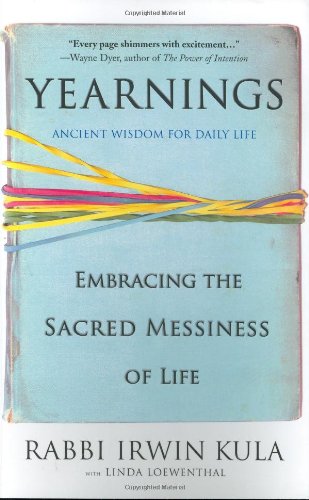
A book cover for Yearnings: Embracing the Sacred Messiness of Life; Irwin Kula; Religion & Spirituality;